Sketch of the medical history of the native army of Bombay, for the year
Year: 1872
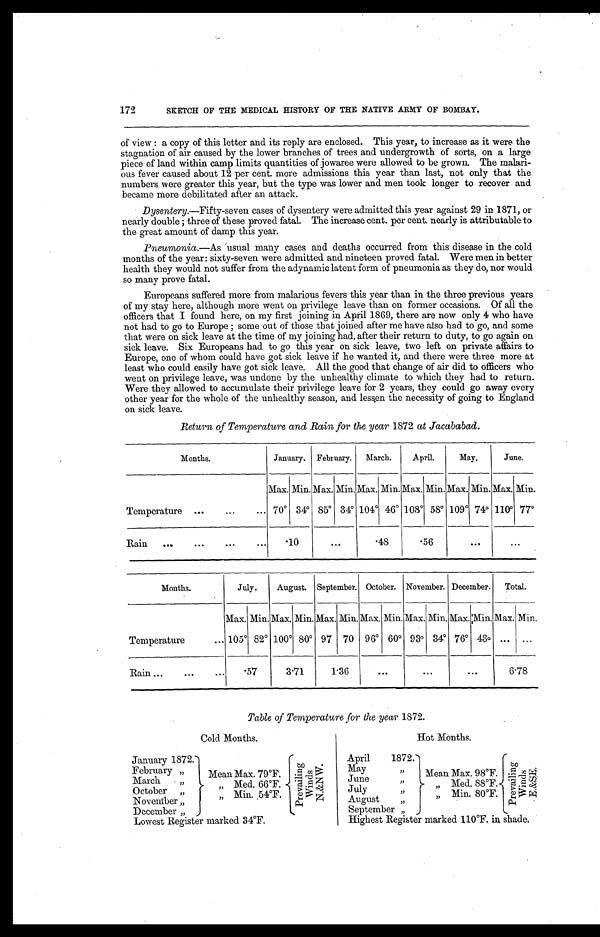
172
SKETCH OF THE MEDICAL HISTORY OF THE NATIVE ARMY OF BOMBAY.
of view: a copy of this letter and its reply are enclosed. This year, to increase as it were the
stagnation of air caused by the lower branches of trees and undergrowth of sorts, on a large
piece of land within camp limits quantities of jowaree were allowed to be grown. The
m a l a r i - o u s f e v e r c a u s e d a b o u t 1 2 p e r c e n t m o r e a d m i s s i o n s t h i s y e a r t h a n l a s t , n o t o n l y t h a t t h e
numbers were greater this year, but the type was lower and men took longer to recover and
became more debilitated after an attack.
Dysentery.—Fifty-seven cases of dysentery were admitted this year against 29 in 1871, or
n e a r l y d o u b l e ; t h r e e o f t h e s e p r o v e d f a t a l . Th e i n c r e a s e c e n t p e r c e n t n e a r l y i s a t t r i b u t a b l e t o
the great amount of damp this year.
Pneumonia .—As usual many cases and deaths occurred from this disease in the cold
months of the year: sixty-seven were admitted and nineteen proved fatal. Were men in better
health they would not suffer from the adynamic latent form of pneumonia as they do, nor would
so many prove fatal.
Europeans suffered more from malarious fevers this year than in the three previous years
of my stay here, although more went on privilege leave than on former occasions. Of all the
officers that I found here, on my first joining in April 1869, there are now only 4 who have
not had to go to Europe; some out of those that joined after me have also had to go, and some
that were on sick leave at the time of my joining had, after their return to duty, to go again on
sick leave. Six Europeans had to go this year on sick leave, two left on private affairs to
Europe, one of whom could have got sick leave if he wanted it, and there were three more at
least who could easily have got sick leave. All the good that change of air did to officers who
went on privilege leave, was undone by the unhealthy climate to which they had to return.
Were they allowed to accumulate their privilege leave for 2 years, they could go away every
other year for the whole of the unhealthy season, and lessen the necessity of going to England
on sick leave.
Return of Temperature and Rain for the year 1872 at Jacababad.
Months.
January. February.
March.
April.
May.
June.
Temperature. . .
Max. Min. Max. Min. Max. Min. Max. Min. Max. Min. Max. Min.
70°34°85°34°104°46°108°58°109°74°110°77°R
ain. . .
.10
. . .
.48
.56
. . .
. . .
Months.
July.
August. September. October. November. December.
Total.
Temperature . . .
Max. Min. Max. Min. Max. Min. Max. Min. Max. Min. Max. Min. Max. Min.
105°82°100°80°97
70 96°60°93°34°76°43°. . .
. . .
Rain . . .
.57
3.71
1.36
. . .
. . .
. . .
6.78
Table of Temperature for the year 1872.
Cold Months.
Hot Months.
January 1872.
Pr e v a i l i n g Wi n d s N. &NW.
April1872.
P r e v a i l i n g W i n d s E . & S E .
February "
Mean Max. 79°F.
May "
Mean Max. 98°F.
March "
June "
"
Med. 66°F.
" Med. 88°F.
October "
July "
"Min. 54°F.
" Min. 80°F.
August "
November "
December "
September "
Lowest Register marked 34°F.
H i g h e s t R e g i s t e r m a r k e d 1 1 0°F . i n s h a d e .